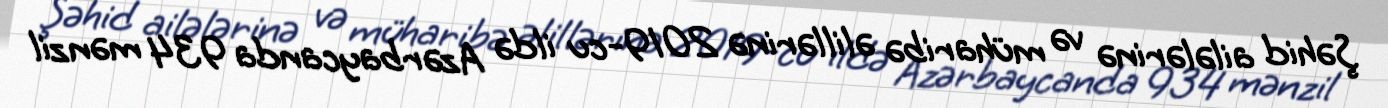
Şəhid ailələrinə və müharibə əlillərinə 2019-cu ildə Azərbaycanda 934 mənzil